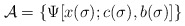
\begin{align*}{\cal A} =\{\Psi[x (\sigma); c (\sigma), b(\sigma)]\} \end{align*}